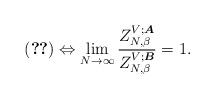
LaTeX: \begin{align*} (\ref{re})\Leftrightarrow \lim_{N\rightarrow \infty}\frac{Z_{N, \beta}^{V;\boldsymbol{A}}}{Z_{N, \beta}^{V;\boldsymbol{B}}}=1.\end{align*}